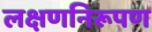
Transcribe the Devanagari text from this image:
लक्षणनिरूपण